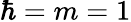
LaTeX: \hbar=m=1